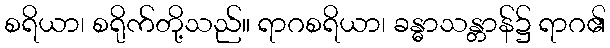
စရိယာ၊ စရိုက်တို့သည်။ ရာဂစရိယာ၊ ခန္ဓာသန္တာန်၌ ရာဂ၏